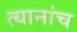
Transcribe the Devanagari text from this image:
त्यानांच